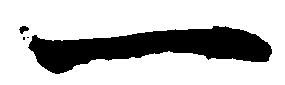
一